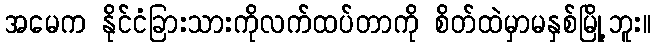
အမေက နိုင်ငံခြားသားကိုလက်ထပ်တာကို စိတ်ထဲမှာမနှစ်မြို့ဘူး။